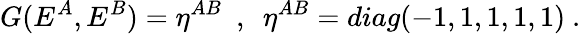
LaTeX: G(E^{A},E^{B})=\eta^{AB}~~,~~\eta^{AB}=diag(-1,1,1,1,1)~.